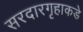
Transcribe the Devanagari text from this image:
सरदारगृहाकडे